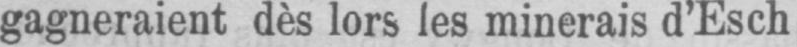
gagneraient dès lors les minerais d’Esch